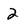
Character: 2